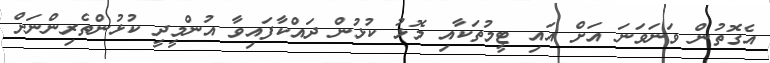
އެގޮތުން ވަނަވަނަ އަށް އައި ޓީމުތަކާއި މޮޅު ކުޅުން ދައްކާފައިވާ އުންމީދީ ކުޅުންތެރިންނަށް